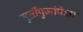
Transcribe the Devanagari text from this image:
मुर्तीपुजांपेक्षा